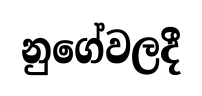
නුගේවලදී